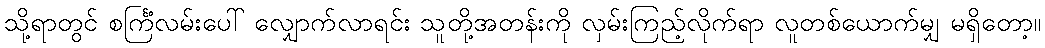
သို့ရာတွင် စင်္ကြံလမ်းပေါ် လျှောက်လာရင်း သူတို့အတန်းကို လှမ်းကြည့်လိုက်ရာ လူတစ်ယောက်မျှ မရှိတော့။